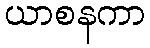
ယာစနကာ